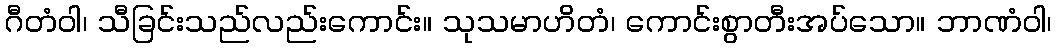
ဂီတံဝါ၊ သီခြင်းသည်လည်းကောင်း။ သုသမာဟိတံ၊ ကောင်းစွာတီးအပ်သော။ ဘာဏံဝါ၊